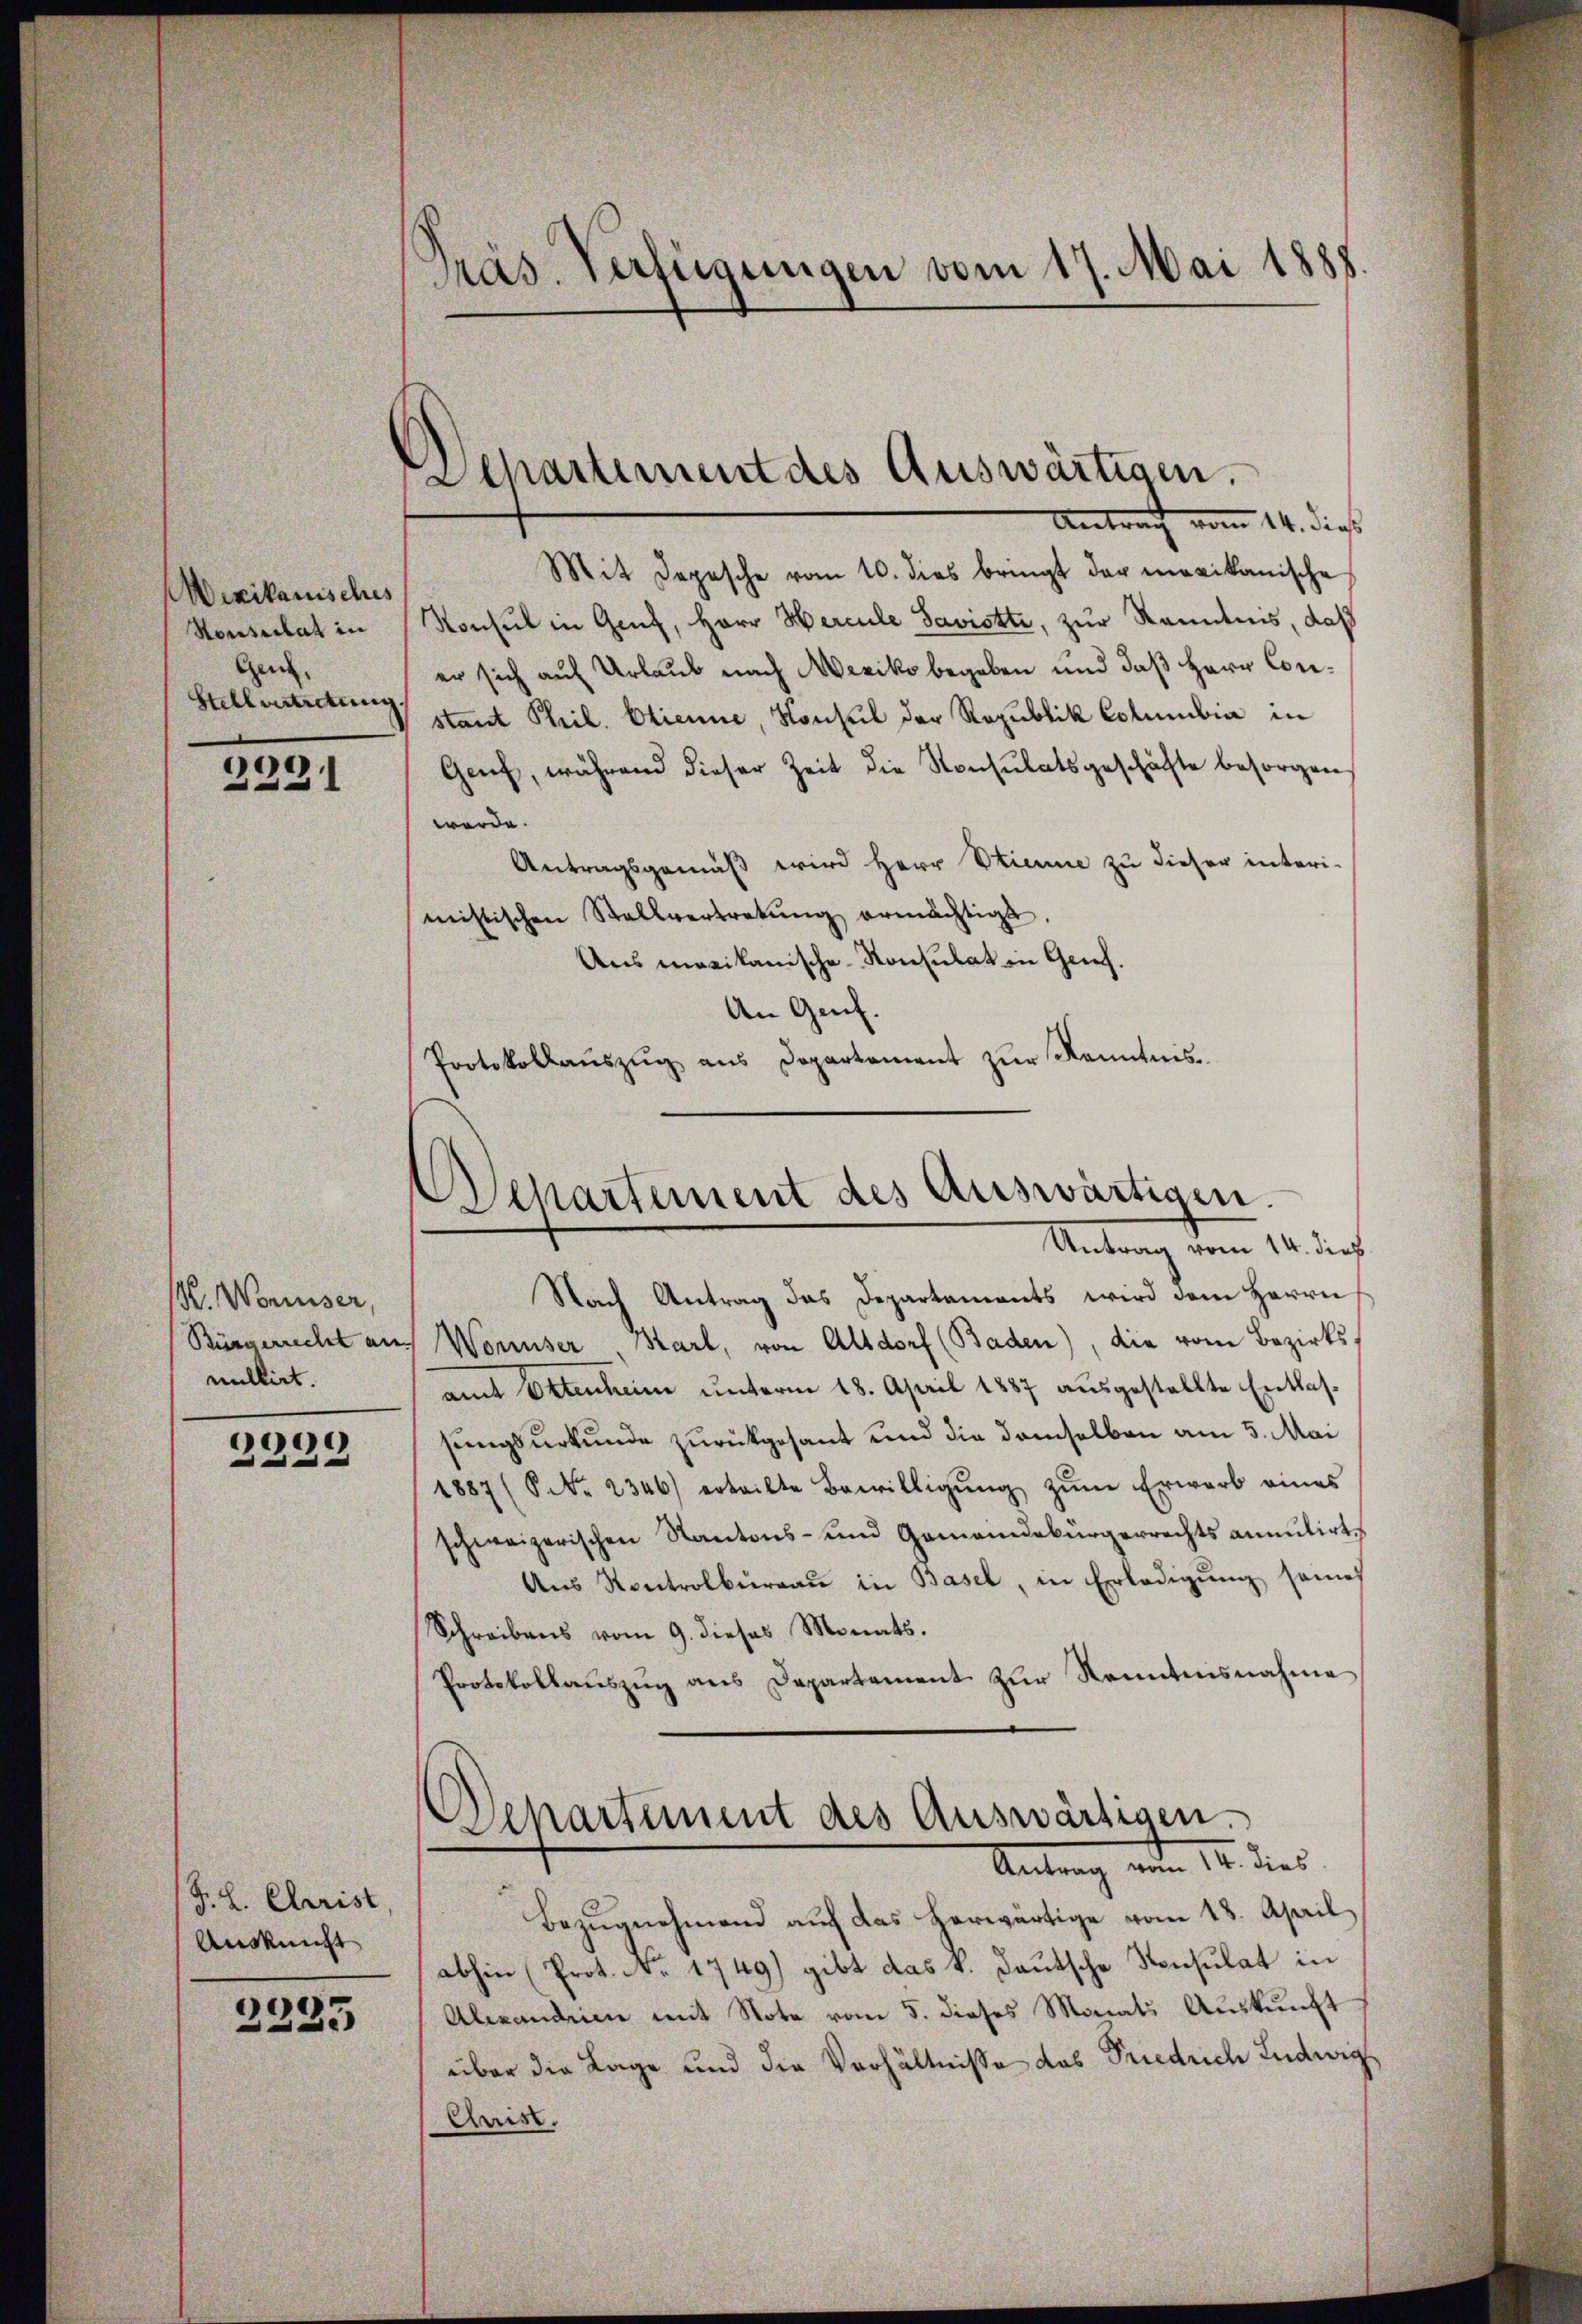
Werikanisches
Konsulat in
Gen.
Stellvertretung

2291

M. Wonniser,
Bürgerrecht an
nullirt.

2239

F. L. Christ
Auskunft

3333

Präs. Verfügungen vom 17. Mai 1888.

Departement des Auswärtigen.

Antrag vom 14. dieß
Mit Depesche vom 10. dies bringt der mexikanische
Konsul in Genf, Herr Hercule Savistti, zur Kenntnis, daß
er sich auf Urlaub nach exiko begeben und daß Herr Constant Phil. Etienne, Konsul der Republik Columbia in
Genf, während dieser Zeit die Konsulatsgeschäfte besorgen
werde.
Antragsgemäß wird Herr Stienne zu dieser interi-
mistischen Stallvertretŭng ermächtigt.
Aus maxikanische Konsulat in Genf.
An Genf.
Protokollauszug aus Departement zur Kenntnis¬

Departement des Auswärtigen.
Antrag vom 14. dieß

Nach Antrag das Departements wird dem Herrn
Wonuser, Harl, von Altdorf (Baden), die vom Bezirks-
amt Ottenheim unterm 18. April 1887 ausgestellte Entlassungsurkunde zurückgesant und die demselben am 5. Mai
1887 (6. No. 2346) erteilte Bewilligŭng zŭm Erwarb eines
schweizerischen Kantons- und Gemeindebürgerrechts anmutirt,
Aŭs Kontrolbureau in Basel, in Erledigŭng seines
Schreibens vom 9. dieses Monats.
Protokollauszug aus Departement zur Kenntnisnahme
Departement des Auswärtigen.
Antrag vom 14. dies
Bezugnahmend auf das herwärtige vom 18. April
abhin (Prot. No. 1749) gibt das k. Deutsche Konsulat in
Alexandre mit Note vom 5. dieses Monats Auskunft
über die Lage und die Vorhältnisse das Friedrich Ludwig
Christ.